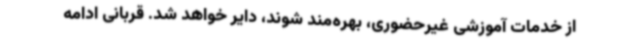
از خدمات آموزشی غیرحضوری، بهره‌مند شوند، دایر خواهد شد. قربانی ادامه